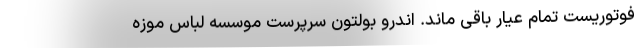
فوتوریست تمام عیار باقی ماند. اندرو بولتون سرپرست موسسه لباس موزه